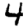
Digit: 4